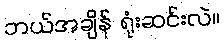
ဘယ်အချိန် ရုံးဆင်းလဲ။